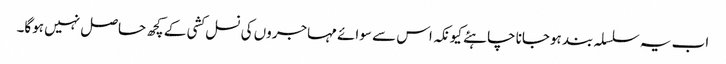
اب یہ سلسلہ بند ہوجانا چاہئے کیونکہ اس سے سوائے مہاجروں کی نسل کشی کے کچھ حاصل نہیں ہوگا۔